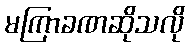
မကြာခဏဆိုသလို